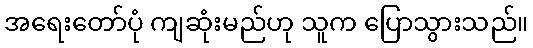
အရေးတော်ပုံ ကျဆုံးမည်ဟု သူက ပြောသွားသည်။